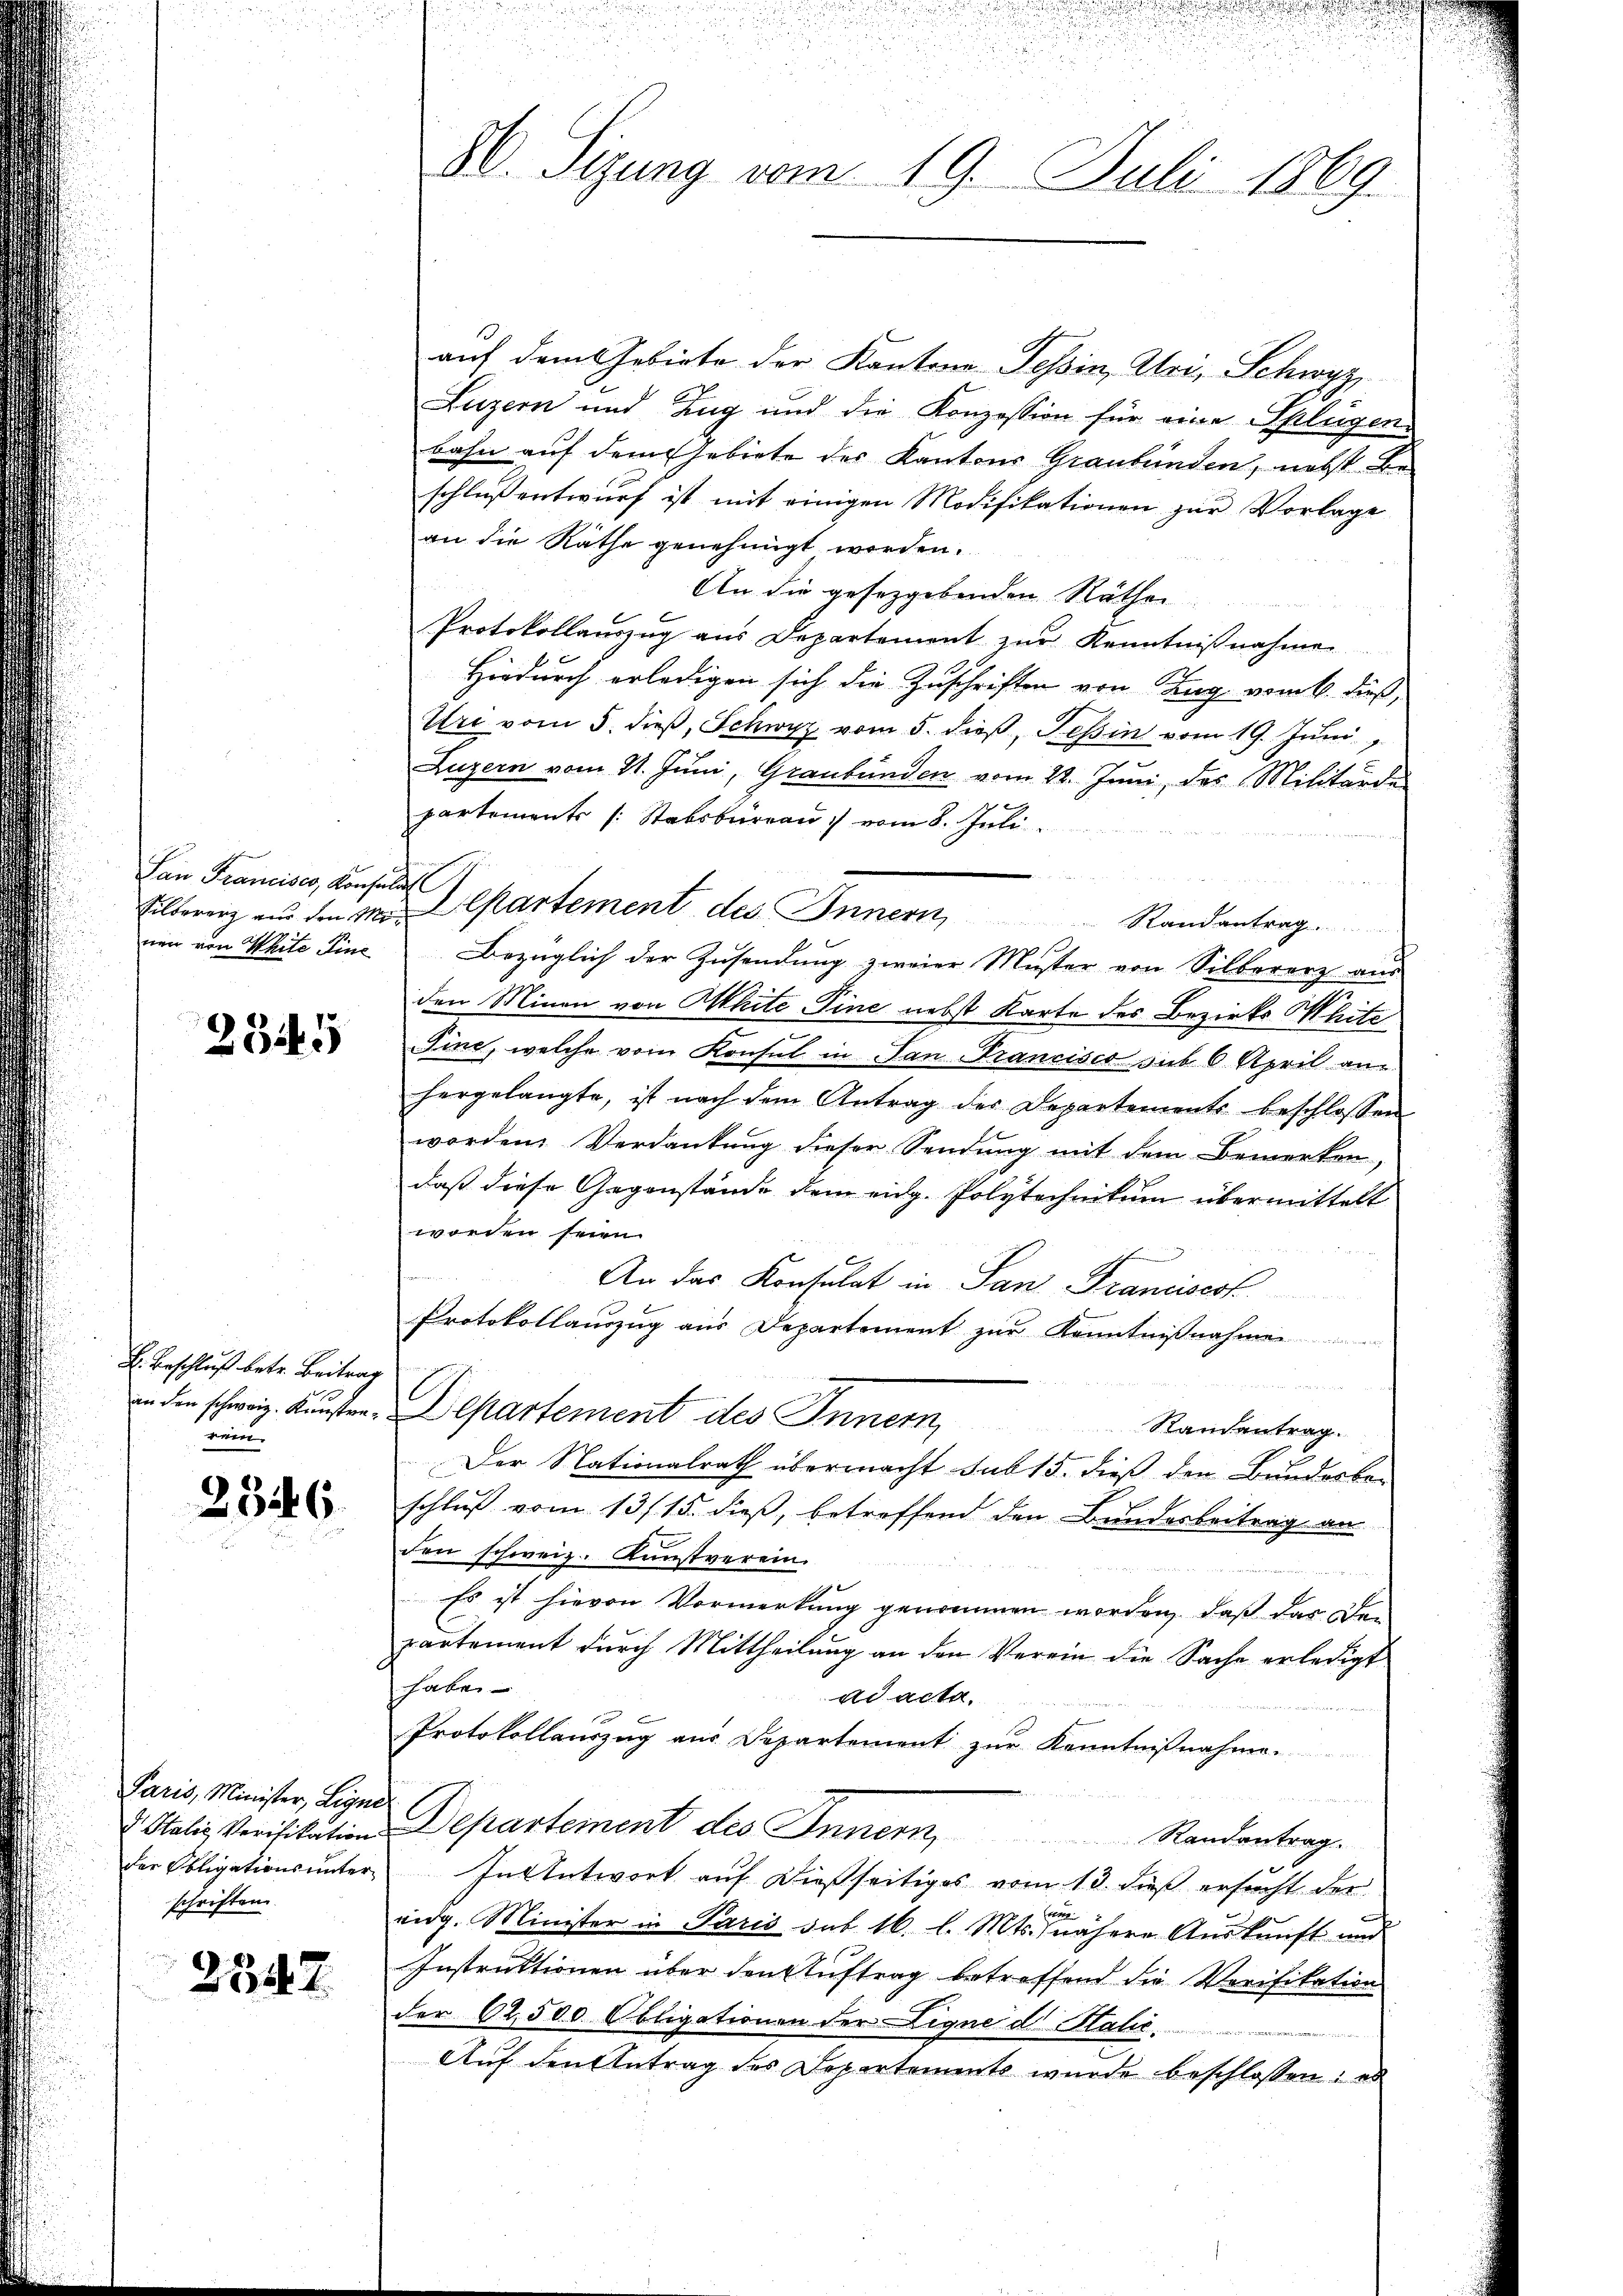
San Franciser, Konsulat
nen von Weite Finc

2345

H. Beschluß betr. Beitrag
rein.

2546.

Paris, Minister, Leyne
schriften.

2547

auf dem Gebiete der Kantone Tessin, Uri, Schwyz
Luzern und Zug und die Konzession für eine Splügen
bahn auf dem Gebiete des Kantons Graubünden, nebst Beschluß entwurf ist mit einigen Modifikationen zur Vorlage
an die Räthe genehmigt worden.
An die gesetzgebenden Räthen
Protokollauszug aus Departement zur Kenntnißnahme
Hiedurch erledigen sich die Zuschriften von Zug vom 6. dieß,
Uri vom 5. dieß, Schwyz vom 5. dieß, Tessin vom 19. Juni,
Luzern vom 21. Juni, Graubünden vom 22. Juni, das Militärde
partements (: Stabsburgau vom 8. Juli.
un
Eilberenz und den 1. Departement des Innern Randantrag.
Bezüglich der Zŭsendŭng zweier Muster von Silbererz aus
den Minen von White Tine nebst Karte des Bezirks Witz
Fine, welche vom Konsul in San Francisco sub 6 April an
hergelangte, ist nach dem Antrag des Departements beschlossen
worden Verdankung dieser Sendung mit dem Bemerken,
daß diese Gegenstände dem eidg. Polytechnitum übermittelt
worden seien.
An das Konsulat in San Francisest
Protokollauszug aus Departement zŭr Kenntniβnahmen
de
.
in den schweiz. Kunsten-Departement des Innern,
Randantrag.
Der Nationalrath übermacht sub 15. dieß den Bundesbe-
schluß vom 13. 15. dieß, betreffend den Bundesbeitrag an
den schweiz. Kunstverein.
 Es ist hievon Vormerkung genommen worden, daß das Den
partement durch Mittheilung an den Verein die Sache erledigt
habe
ad acta.
Protokollauszug aus Departement zŭr Kenntnißnahme.
V. Italis Verifikation Departement des Innern,
Randantrag.
der Obligationsunter- In Antwort aŭf dießseitiges vom 13. dieß ersŭcht der
vidg. Minister in Paris sub 16. l. Mts. nähere Aŭskŭnft und
Instruktionen über den Auftrag betreffend die Verifikation
der 62500 Obligationen der Ligne dr Halić.
Auf den Antrag des Departement wurde beschlossen: es

80. Sizung vom 19. Juli 1869.